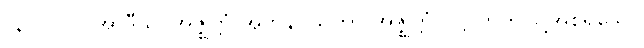
(နိ၊ ၁၇၁) အာဒီသု၊ အဇ္ဈတ္တံ အဘိနိဝိသိတွာ အဇ္ဈတ္တံ ဝုဋ္ဌာတိဤသို့အစရှိသော